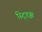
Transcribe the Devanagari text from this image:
स्ट्डिझ